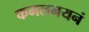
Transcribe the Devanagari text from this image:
कमलनयनं